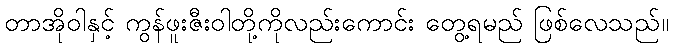
တာအိုဝါနှင့် ကွန်ဖူးဇီးဝါတို့ကိုလည်းကောင်း တွေ့ရမည် ဖြစ်လေသည်။